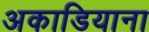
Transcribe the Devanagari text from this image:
अकाडियाना